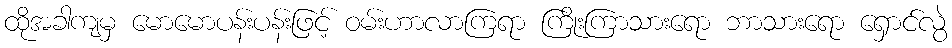
ထိုအခါကျမှ မောမောပန်းပန်းဖြင့် ဝမ်းဟာလာကြရာ ကြိုးကြာသားရော ဘာသားရော ရှောင်လွဲ